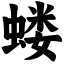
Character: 蝼